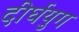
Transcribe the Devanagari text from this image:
दीर्घयुग